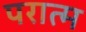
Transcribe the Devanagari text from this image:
परात्म